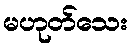
မဟုတ်သေး